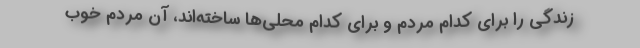
زندگي را براي كدام مردم و براي كدام محلي‌ها ساخته‌اند، آن مردم خوب